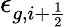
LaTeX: \epsilon_{g,i+\frac{1}{2}}